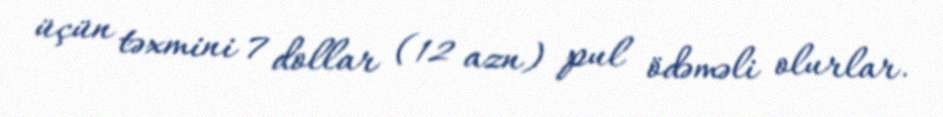
üçün təxmini 7 dollar (12 azn) pul ödəməli olurlar.